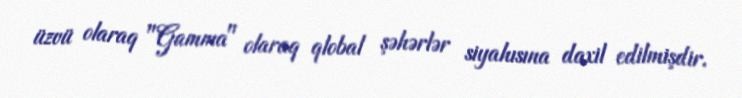
üzvü olaraq "Gamma" olaraq qlobal şəhərlər siyahısına daxil edilmişdir.